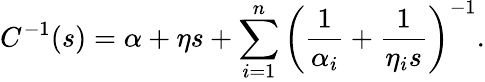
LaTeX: C^{-1}(s)=\alpha+\eta s+\sum_{i=1}^{n}\left(\frac{1}{\alpha_{i}}+\frac{1}{\eta_{i}s}\right)^{-1}.